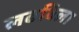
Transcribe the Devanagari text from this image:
लढविला